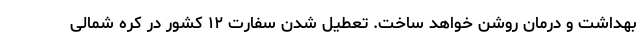
بهداشت و درمان روشن خواهد ساخت. تعطیل شدن سفارت ۱۲ کشور در کره شمالی